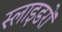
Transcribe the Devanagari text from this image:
स्लाइडरों